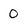
Character: 0